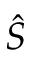
\Hat { S }